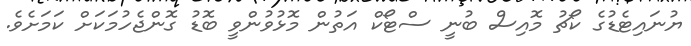
ޔުނައިޓެޑުގެ ކޯޗު މޮއިސް ބުނީ ސްޓޯކް އަތުން މޮޅުވުންވީ ބޮޑު ގޮންޖެހުމަކަށް ކަމަށެވެ.